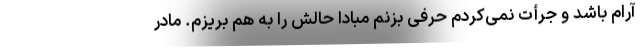
آرام باشد و جرأت نمی‌کردم حرفی بزنم مبادا حالش را به هم بریزم. مادر